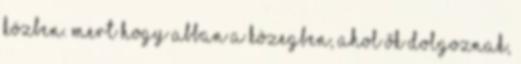
közben. Mert hogy abban a közegben, ahol ők dolgoznak,